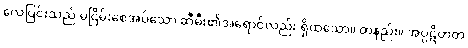
လေပြင်းသည် မငြိမ်းစေအပ်သော ဆီမီး၏အရောင်လည်း ရှိထသော။ တနည်း။ အပ္ပဋိဟတ